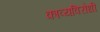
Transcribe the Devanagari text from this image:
काव्यविरोधी